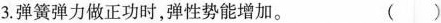
3.弹簧弹力做正功时,弹性势能增加。（ ）